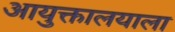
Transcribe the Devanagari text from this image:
आयुक्तालयाला